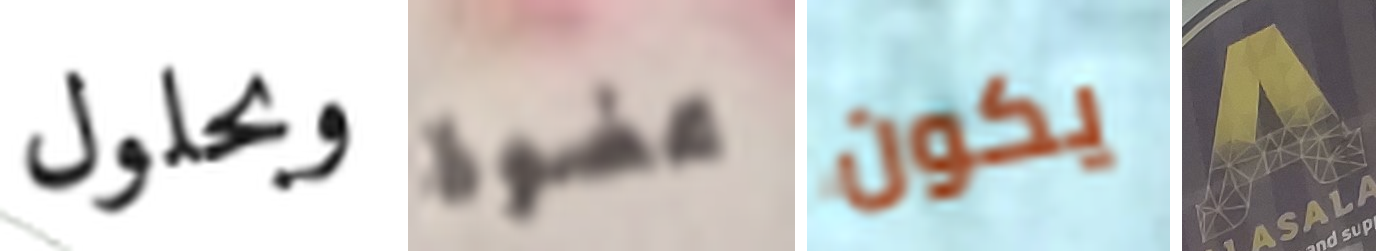
وبحلول عضوة يكون A